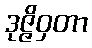
ဒုဇ္ဇိဝှတာ